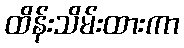
ထိန်းသိမ်းထားကာ